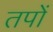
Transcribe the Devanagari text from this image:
तपों